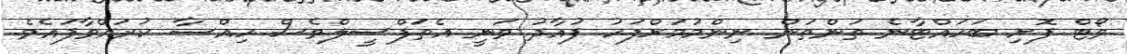
ވޯޓް ފޮށި ބަހައްޓާނެ ތަންތަން ނިންމުމަށްފަހު ފުއާދު ވަނީ އެތަފްސީލްވެސް ހިއްސާ ކުރައްވާފައެވެ.